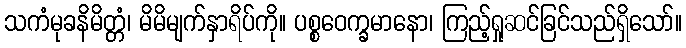
သကံမုခနိမိတ္တံ၊ မိမိမျက်နှာရိပ်ကို။ ပစ္စဝေက္ခမာနော၊ ကြည့်ရှုဆင်ခြင်သည်ရှိသော်။